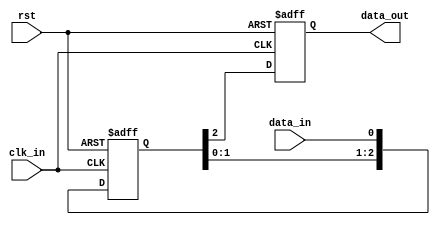
module three_flop_synchronizer (
    input wire clk_in,
    input wire rst,
    input wire data_in,
    output reg data_out
);

reg [2:0] data_delayed;

always @(posedge clk_in or posedge rst) begin
    if (rst) begin
        data_delayed <= 3'b0;
    end else begin
        data_delayed <= {data_delayed[1:0], data_in};
    end
end

always @(posedge clk_in or posedge rst) begin
    if (rst) begin
        data_out <= 1'b0;
    end else begin
        data_out <= data_delayed[2];
    end
end

endmodule